38_143685_box_Incident_Summaries_101-172
Agency: Department of War
Page 87
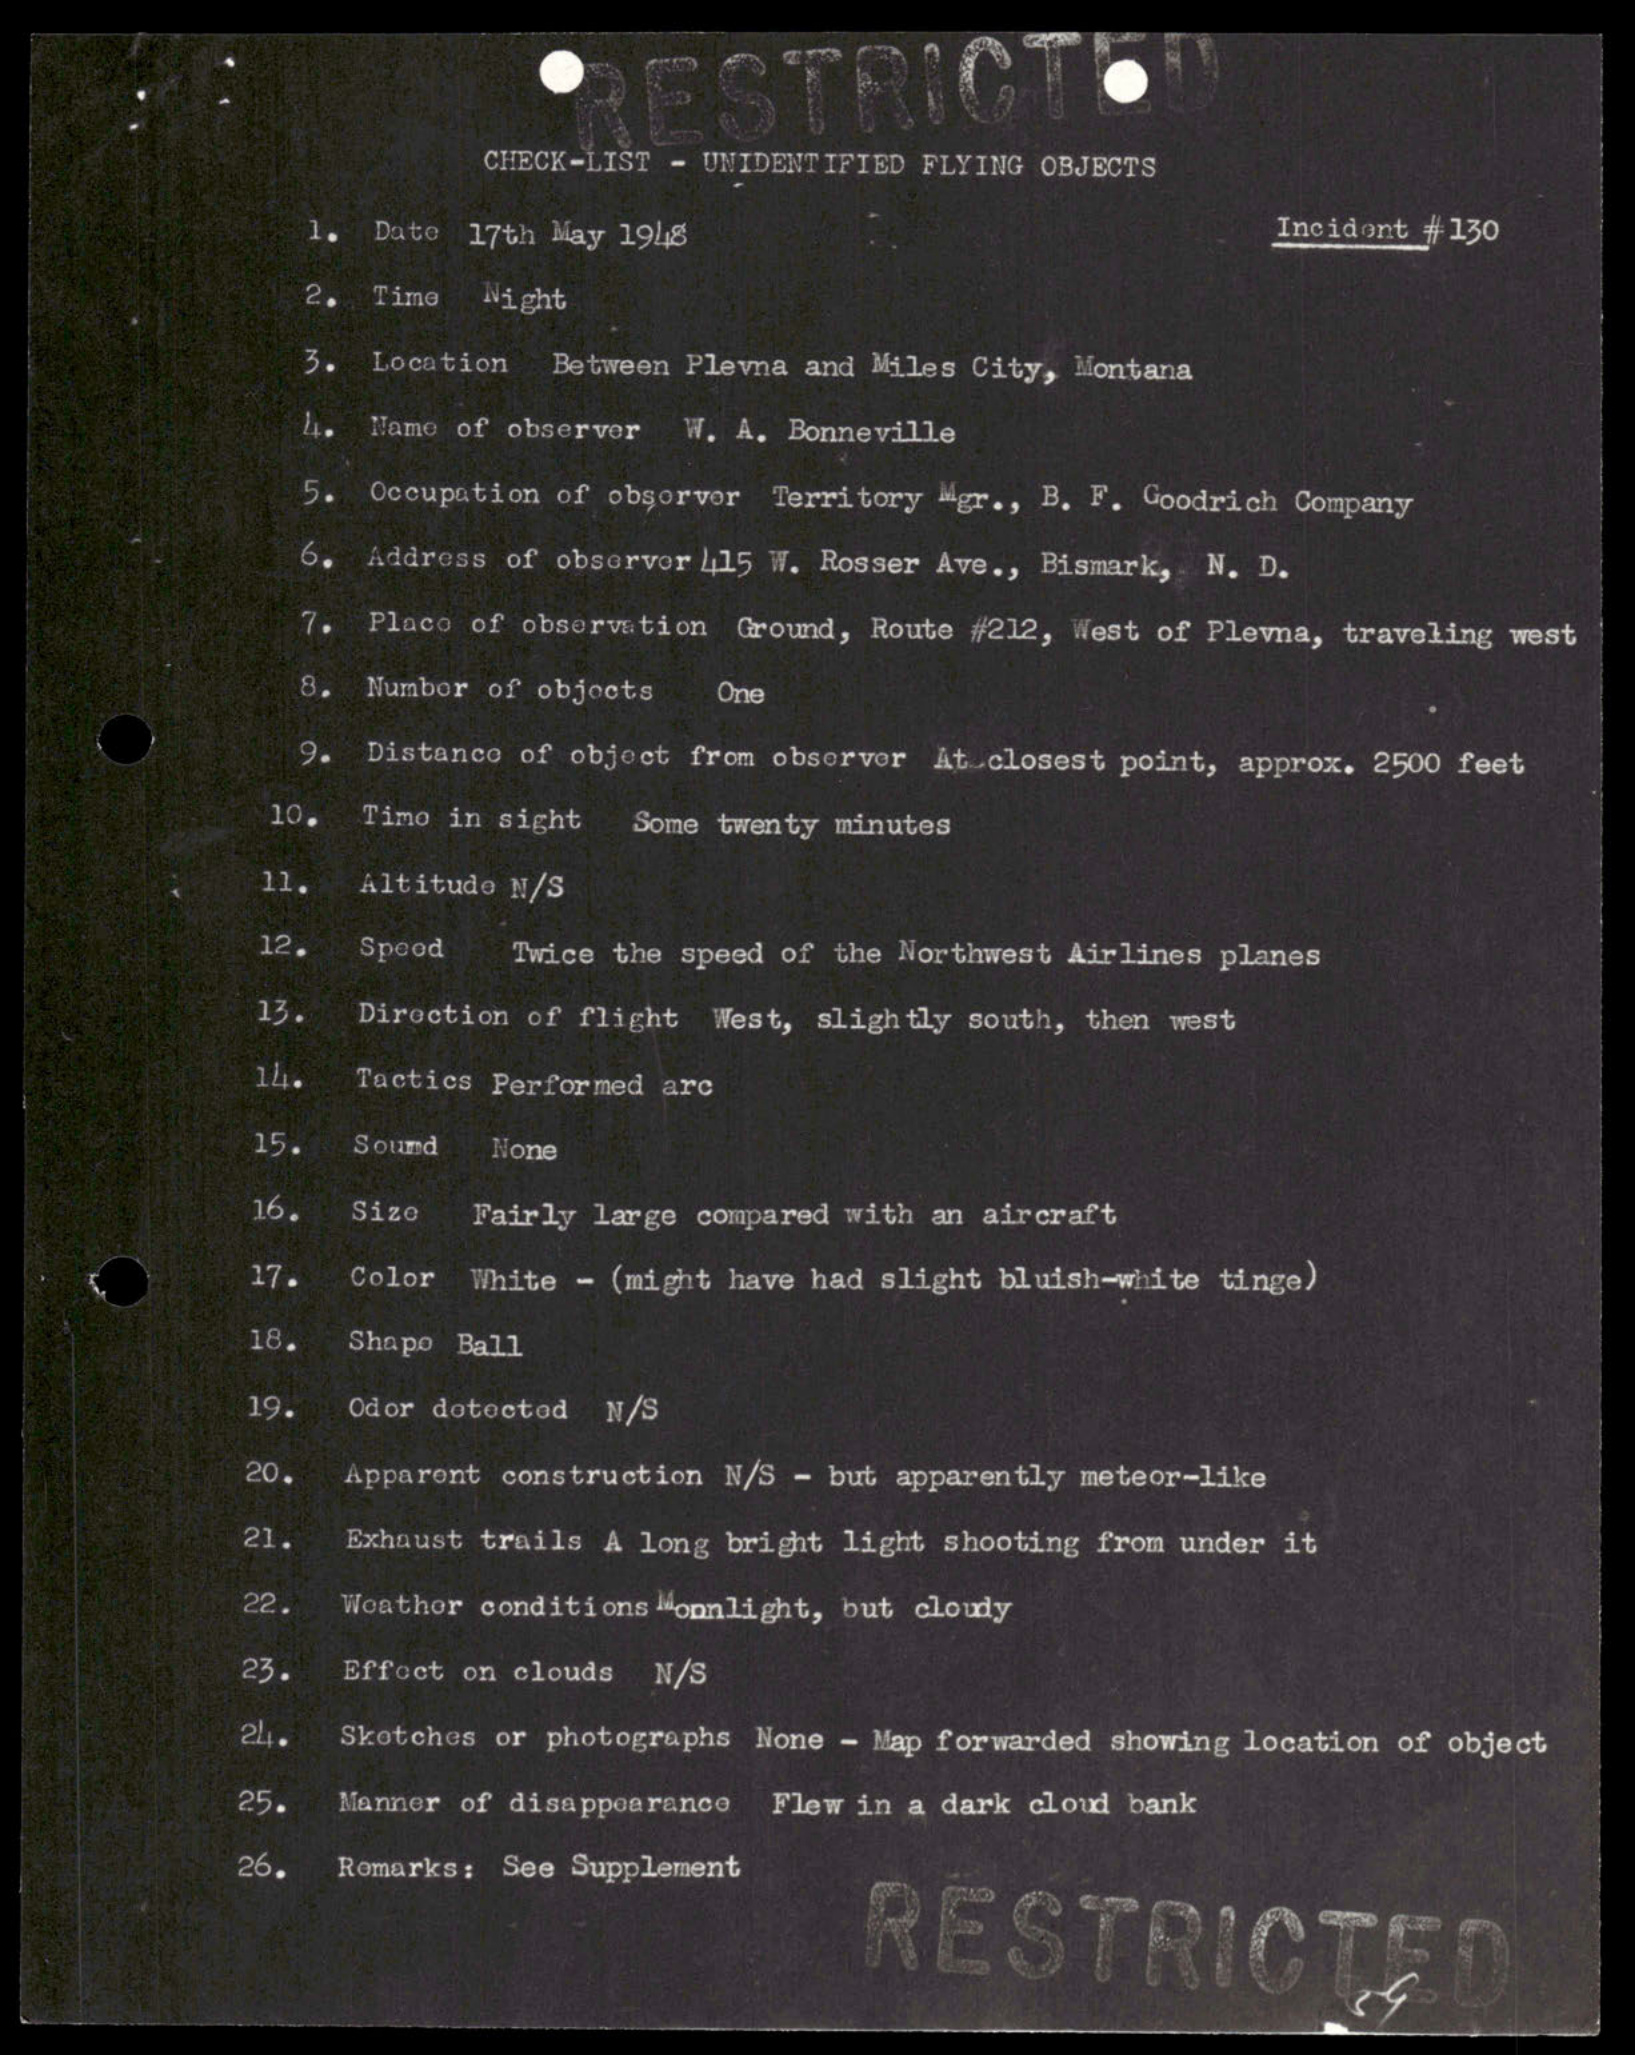